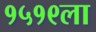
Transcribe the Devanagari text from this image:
१५१९ला